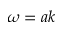
\omega = a k